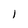
Character: 1